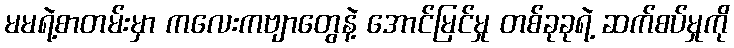
မမရဲ့စာတမ်းမှာ ကလေးကဗျာတွေနဲ့ အောင်မြင်မှု တစ်ခုခုရဲ့ ဆက်စပ်မှုကို